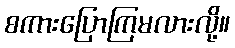
စကားပြောကြမလားလို့။